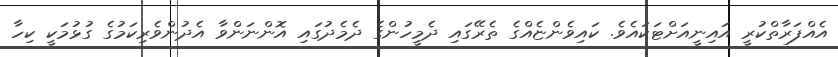
އެއްފަރާތްކުރީ އައިނީއަށްޓަކައެވެ. ކައިވެންޏެއްގެ ތެރޭގައި ދެމީހުންގެ ދެމެދުގައި އޮންނަންވާ އެދުންވެރިކަމުގެ ގުޅުމަކީ ކިހާ